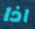
اذا